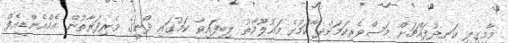
މާމިގިލި ކަނދުފައްޗަށް މަސްވެރިކަމަށްދ ާކަމުގެ މައުލޫމާތު ލިބިފައިވާ ކަމުގައި ދޯނީގެ ވެރިފަރާތުން އެމްއެންޑީއެފް